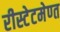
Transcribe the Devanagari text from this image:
रीस्टेटमेण्त